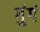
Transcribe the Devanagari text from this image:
गुंगं